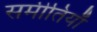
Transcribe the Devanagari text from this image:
समीतियाँ